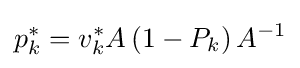
p_{k}^{*}=v_{k}^{*}A\left(1-P_{k}\right)A^{-1}